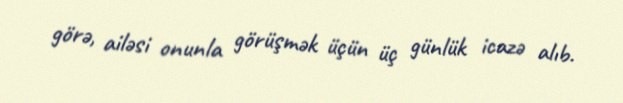
görə, ailəsi onunla görüşmək üçün üç günlük icazə alıb.